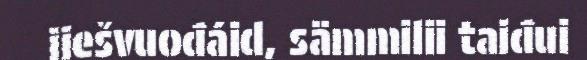
jiešvuođáid, sämmilii taiđui